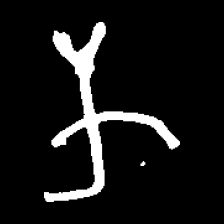
Pyu character \u2014 Myanmar letter: က (romanized: ka)